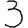
Digit: 3